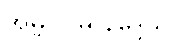
အမ္ဗူ ပမ နိဒ္ဒေသ